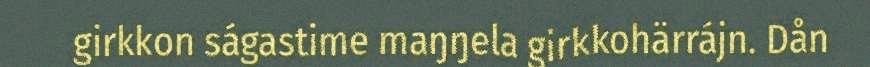
girkkon ságastime maŋŋela girkkohärrájn. Dån